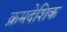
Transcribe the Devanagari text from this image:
क्रमदेशिक